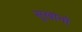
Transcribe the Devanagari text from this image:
सुखांनो